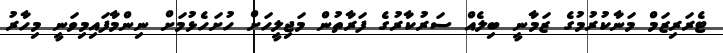
ޓެރަރިޒަމް މަނާކުރުމުގެ ޒަމާނީ ބިލެއް ސަރުކާރުގެ ފަރާތުން މަޖިލީހަށް ހުށަހެޅުމަށް ނިންމާފައިމިވަނީ މިހާރު